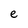
Character: e